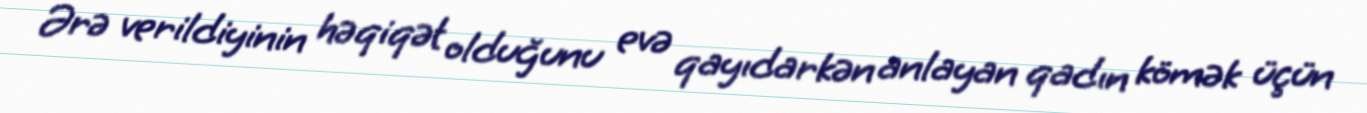
Ərə verildiyinin həqiqət olduğunu evə qayıdarkən anlayan qadın kömək üçün